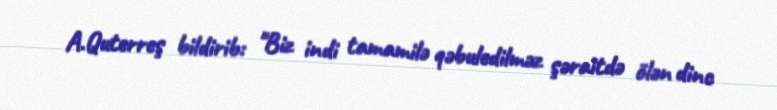
A.Quterreş bildirib: "Biz indi tamamilə qəbuledilməz şəraitdə ölən dinc